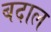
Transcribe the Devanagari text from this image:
बदाल